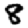
Digit: 8